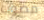
مصوب